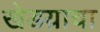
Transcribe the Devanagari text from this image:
खेडय़ाचा